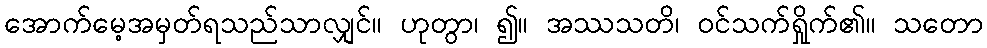
အောက်မေ့အမှတ်ရသည်သာလျှင်။ ဟုတွာ၊ ၍။ အဿသတိ၊ ဝင်သက်ရှိုက်၏။ သတော